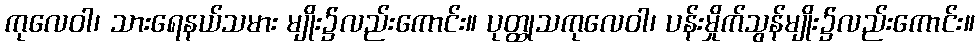
ကုလေဝါ၊ သားရေနယ်သမား မျိုး၌လည်းကောင်း။ ပုတ္ထုသကုလေဝါ၊ ပန်းမှိုက်သွန်မျိုး၌လည်းကောင်း။